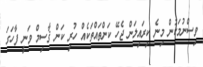
ވިސްނުމަކުން މިނެ ކިރައިލަން ޖެހޭ ކަންތައްތަކެއް ހުރި ކަން ޤާސިމް ވަނީ ފާހަގަ